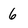
Character: 6